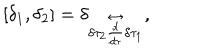
LaTeX: [ \delta _ { 1 } , \delta _ { 2 } ] = \delta _ { \delta \tau _ { 2 } \stackrel { \leftrightarrow } { \frac { d } { d \tau } } \delta \tau _ { 1 } } ,